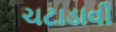
ચટાડાવી